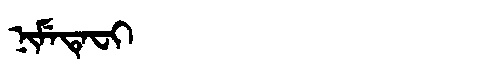
Manchu: ᠨᡳᠮᡝᡨᡝᠸᡳ
Romanization: NIMETEFI